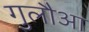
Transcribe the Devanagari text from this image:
गुलौआ